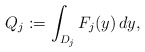
\begin{align*}Q_j:=\int_{D_{j}}F_j(y)\,dy,\end{align*}